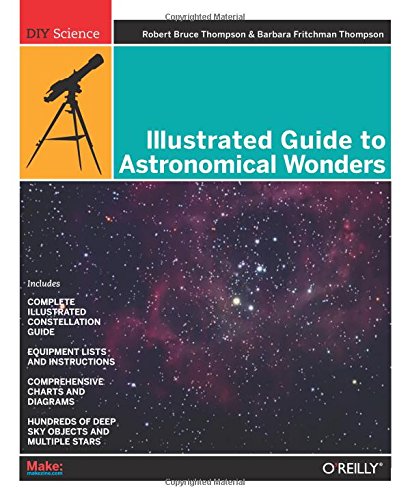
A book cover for Illustrated Guide to Astronomical Wonders: From Novice to Master Observer (DIY Science); Robert Bruce Thompson; Science & Math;